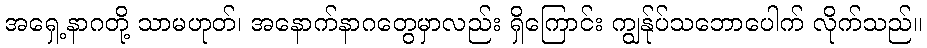
အရှေ့နာဂတို့ သာမဟုတ်၊ အနောက်နာဂတွေမှာလည်း ရှိကြောင်း ကျွန်ုပ်သဘောပေါက် လိုက်သည်။